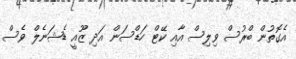
އެގޮތުން ބްރުސް ވިލިސް އާއި ކޭޓް ހަޑްސަން އަދި ޒޫއީ ޑެޝަނެލް ވެސް